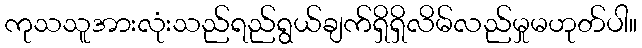
ကုသသူအားလုံးသည်ရည်ရွယ်ချက်ရှိရှိလိမ်လည်မှုမဟုတ်ပါ။